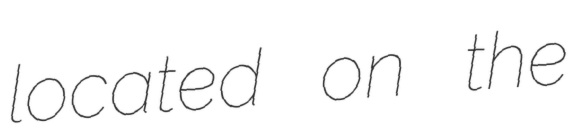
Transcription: located on the